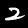
Digit: 2